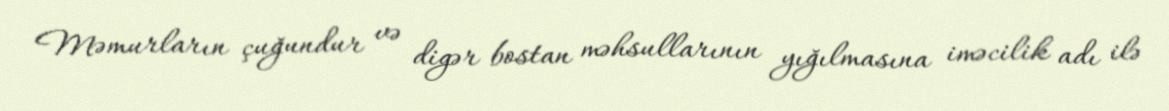
Məmurların çuğundur və digər bostan məhsullarının yığılmasına iməcilik adı ilə